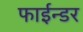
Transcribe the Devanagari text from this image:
फाईन्डर